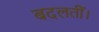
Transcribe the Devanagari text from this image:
बदलतीं।